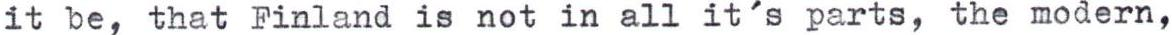
it be, that Finland is not in all it's parts, the modern,